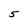
Character: 5